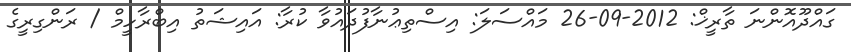
ގައްދޫއޮންނަ ތާރީޚް: 2012-09-26 މައްސަލަ: އިސްތިޢުނާފުދައުވާ ކުރާ: އައިޝަތު އިބްރާހީމް / ރަންގިރީގެ